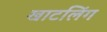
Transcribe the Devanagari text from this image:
खाटलिंग